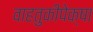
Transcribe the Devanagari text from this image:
वाहतुकीपेक्षा